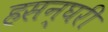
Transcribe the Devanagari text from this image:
हसन्घरी